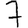
Digit: 7